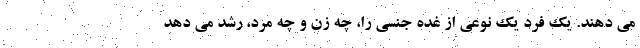
می دهند. یک فرد یک نوعی از غده جنسی را، چه زن و چه مرد، رشد می دهد